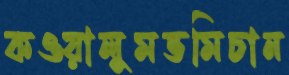
কওয়ালুমভমিচান